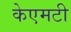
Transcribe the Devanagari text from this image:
केएमटी